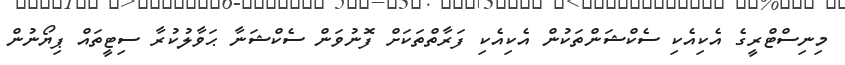
މިނިސްޓްރީގެ އެކިއެކި ސެކްޝަންތަކުން އެކިއެކި ފަރާތްތަކަށް ފޮނުވަން ސެކްޝަނާ ޙަވާލުކުރާ ސިޓީތައް ޕިޔޯނުން